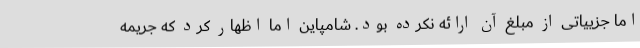
اما جزییاتی از مبلغ آن ارائه نکرده بود. شامپاین اما اظهار کرد که جریمه